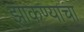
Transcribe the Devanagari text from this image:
झाकण्याचा